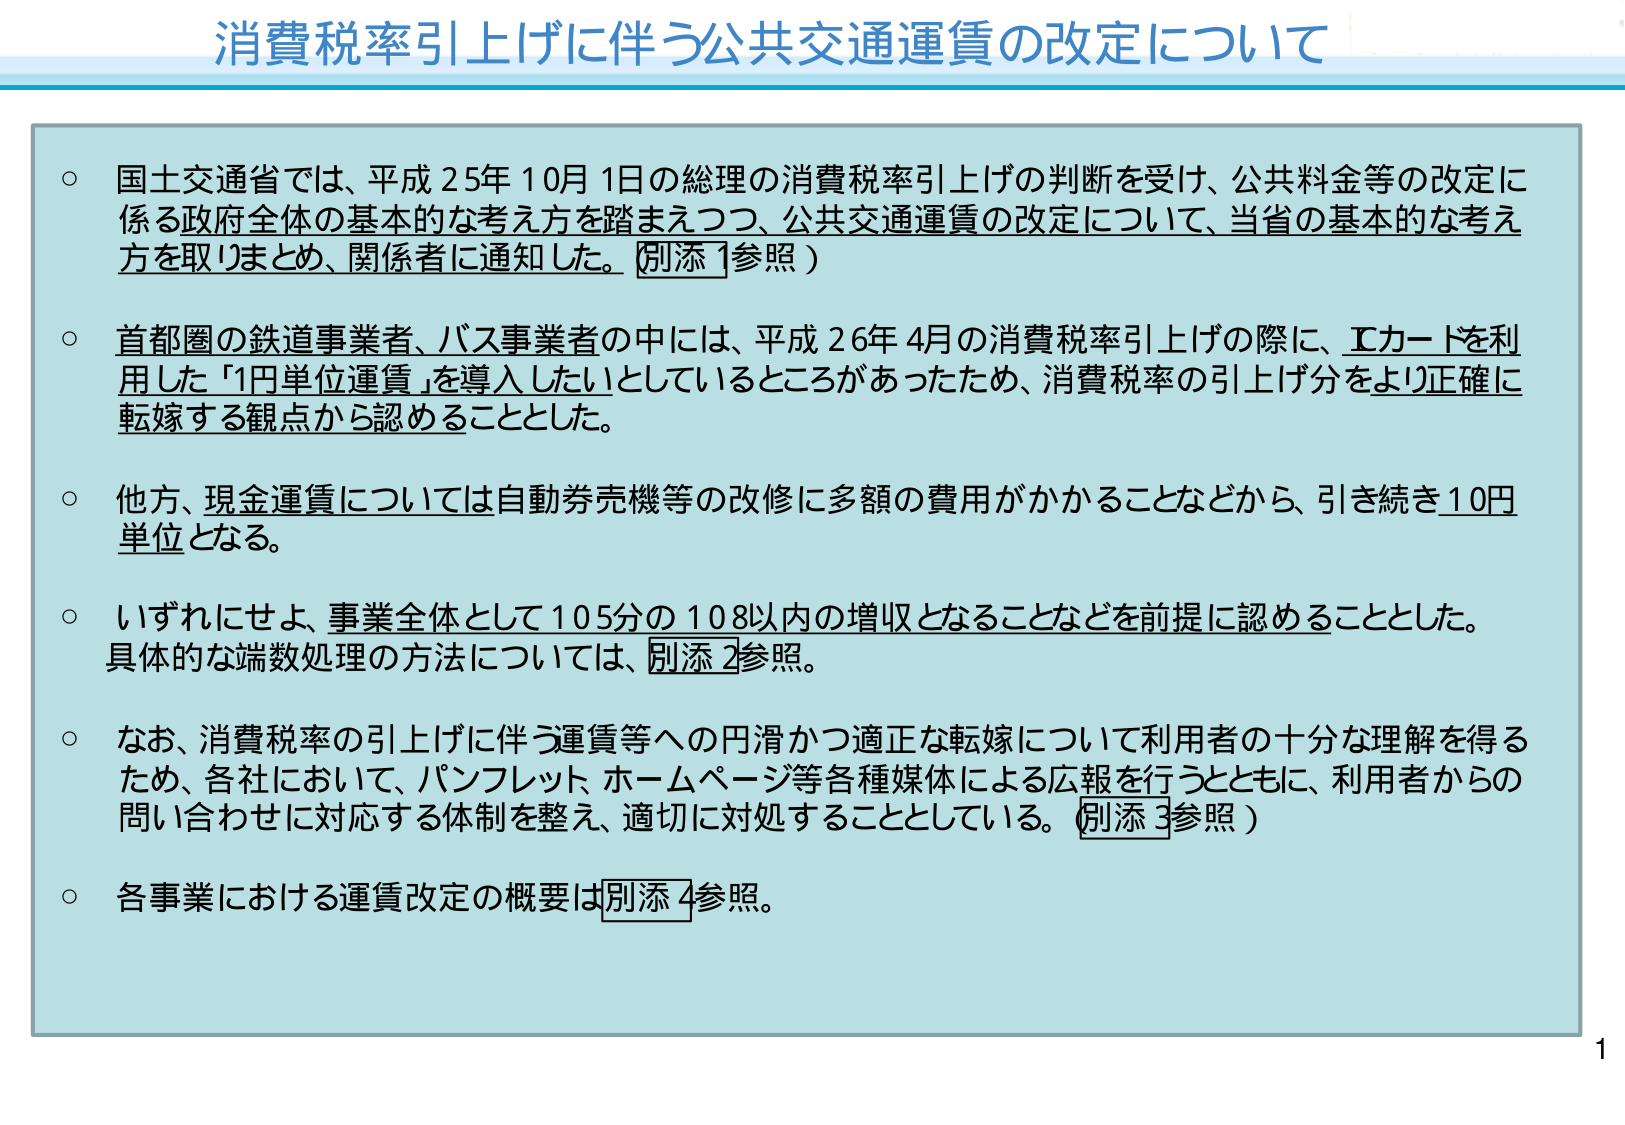
消費税率引上げに伴う公共交通運賃の改定について

○ 国土交通省では、平成25年10月1日の総理の消費税率引上げの判断を受け、公共料金等の改定に係る政府全体の基本的な考え方を踏まえつつ、公共交通運賃の改定について、当省の基本的な考え方を取りまとめ、関係者に通知した。（別添1参照）

○ 首都圏の鉄道事業者、バス事業者の中には、平成26年4月の消費税率引上げの際に、ICカードを利用した「1円単位運賃」を導入したいとしているところがあったため、消費税率の引上げ分をより正確に転嫁する観点から認める thingとした。

○ 他方、現金運賃については自動券売機等の改修に多額の費用がかかることなどから、引き続き10円単位となる。

○ いずれにせよ、事業全体として105分の108以内の増収となることなどを前提に認める thingとした。具体的な端数処理の方法については、別添2参照。

○ なお、消費税率の引上げに伴う運賃等への円滑かつ適正な転嫁について利用者の十分な理解を得るため、各社において、パンフレット、ホームページ等各種媒体による広報を行うとともに、利用者からの問い合わせに対応する体制を整え、適切に対処することとしている。（別添3参照）

○ 各事業における運賃改定の概要は別添4参照。

1